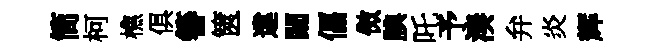
简柯樵俱簮篋違闚偪傚腆吒予湊弁炎辉